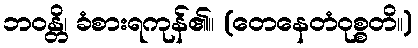
ဘဝန္တိ၊ ခံစားရကုန်၏။ (တေနေတံဝုစ္စတိ။)